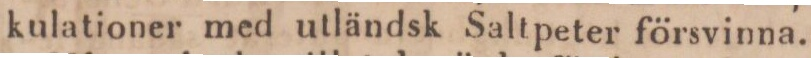
kulationer med utländsk Saltpeter försvinna.